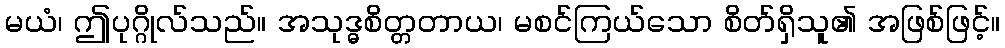
မယံ၊ ဤပုဂ္ဂိုလ်သည်။ အသုဒ္ဓစိတ္တတာယ၊ မစင်ကြယ်သော စိတ်ရှိသူ၏ အဖြစ်ဖြင့်။